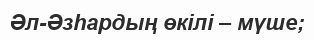
Әл-Әзһардың өкілі – мүше;